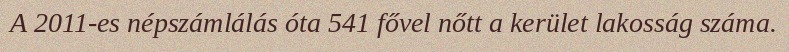
A 2011-es népszámlálás óta 541 fővel nőtt a kerület lakosság száma.